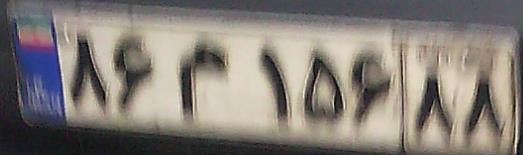
۸۶م۱۵۶۸۸